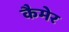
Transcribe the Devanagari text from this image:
कैमेर